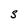
Character: S